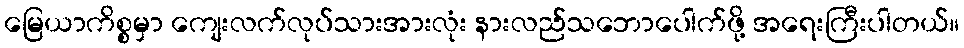
မြေယာကိစ္စမှာ ကျေးလက်လုပ်သားအားလုံး နားလည်သဘောပေါက်ဖို့ အရေးကြီးပါတယ်။